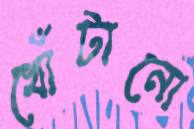
খোঁটানো